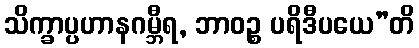
သိက္ခာပ္ပဟာနဂမ္ဘီရ, ဘာဝဉ္စ ပရိဒီပယေ”တိ